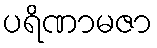
ပရိဏာမဇာ